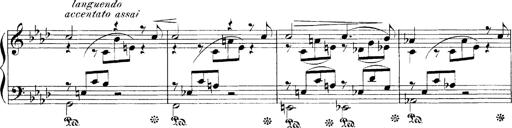
Title: LiebestrÃ¤ume
Composer: Franz Behr
Key: E-flat major